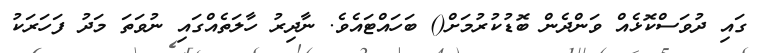
ގައި ދުވަސްކޮޅެއް ވަންދެން ބޮޑުކުުރުމަށް() ބަހައްޓައެވެ. ނާދިރު ހާލަތެއްގައި ނުވަތަ މަދު ފަހަރަކު